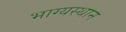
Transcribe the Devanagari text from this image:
भाग्यस्थान